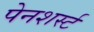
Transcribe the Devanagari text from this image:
पेनशर्स्ट